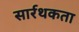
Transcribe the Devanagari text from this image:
सार्रथकता